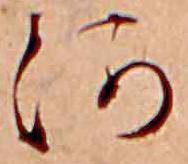
河